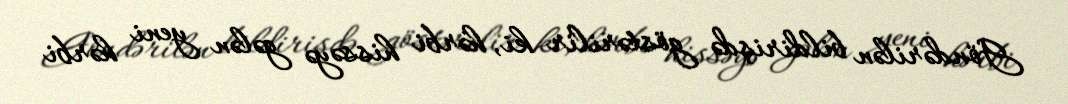
Göndərilən bildirişdə göstərilir ki, hərbi hissəyə gələn yeni hərbi